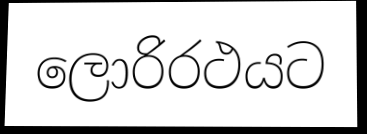
ලොරිරථයට